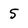
Character: 5